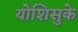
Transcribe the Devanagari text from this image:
योशिसुके